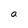
Character: a